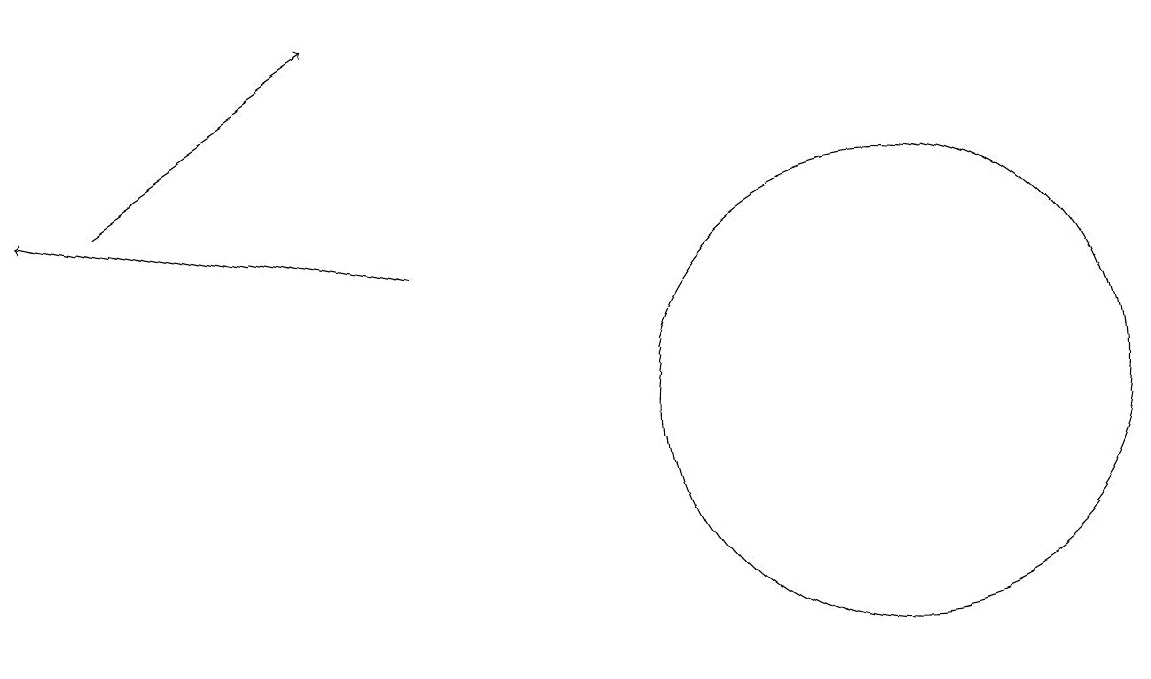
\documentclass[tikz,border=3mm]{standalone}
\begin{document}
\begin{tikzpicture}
\draw[->] (5,12) -- (0,13);
\draw (11,10) circle (3);
\draw[->] (1,13) -- (4,15);
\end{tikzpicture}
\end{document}